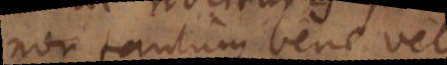
non tantum bene velle,